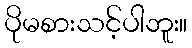
ပိုမစားသင့်ပါဘူး။